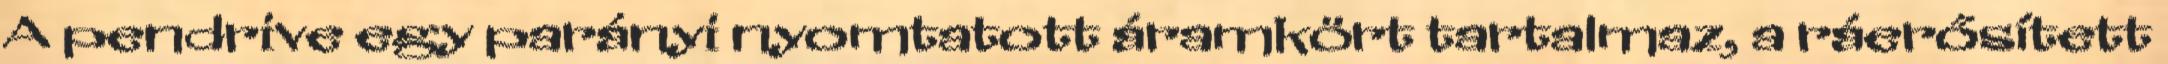
A pendrive egy parányi nyomtatott áramkört tartalmaz, a ráerősített